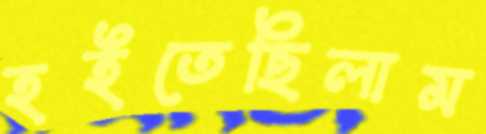
হইতেছিলাম